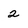
Character: 2